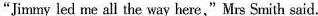
"Jimmy led me all the way here,"Mrs Smith said.